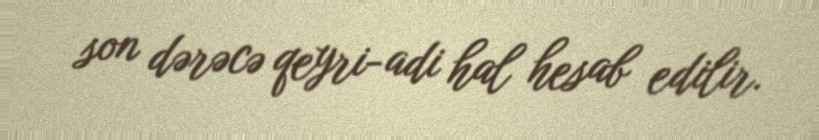
son dərəcə qeyri-adi hal hesab edilir.